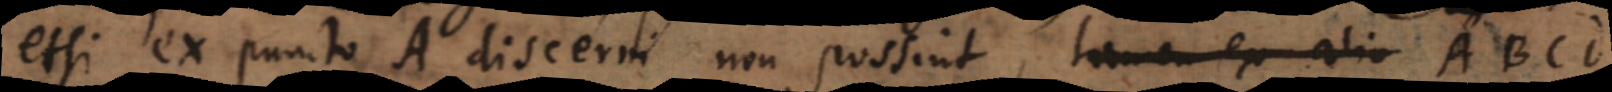
etsi ex puncto A discerni non possint, tamen ex alio ABCD